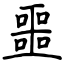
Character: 噩